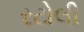
રટોલી